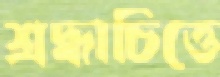
শ্রদ্ধাচিত্তে